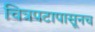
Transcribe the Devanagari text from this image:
चित्रपटापासूनच